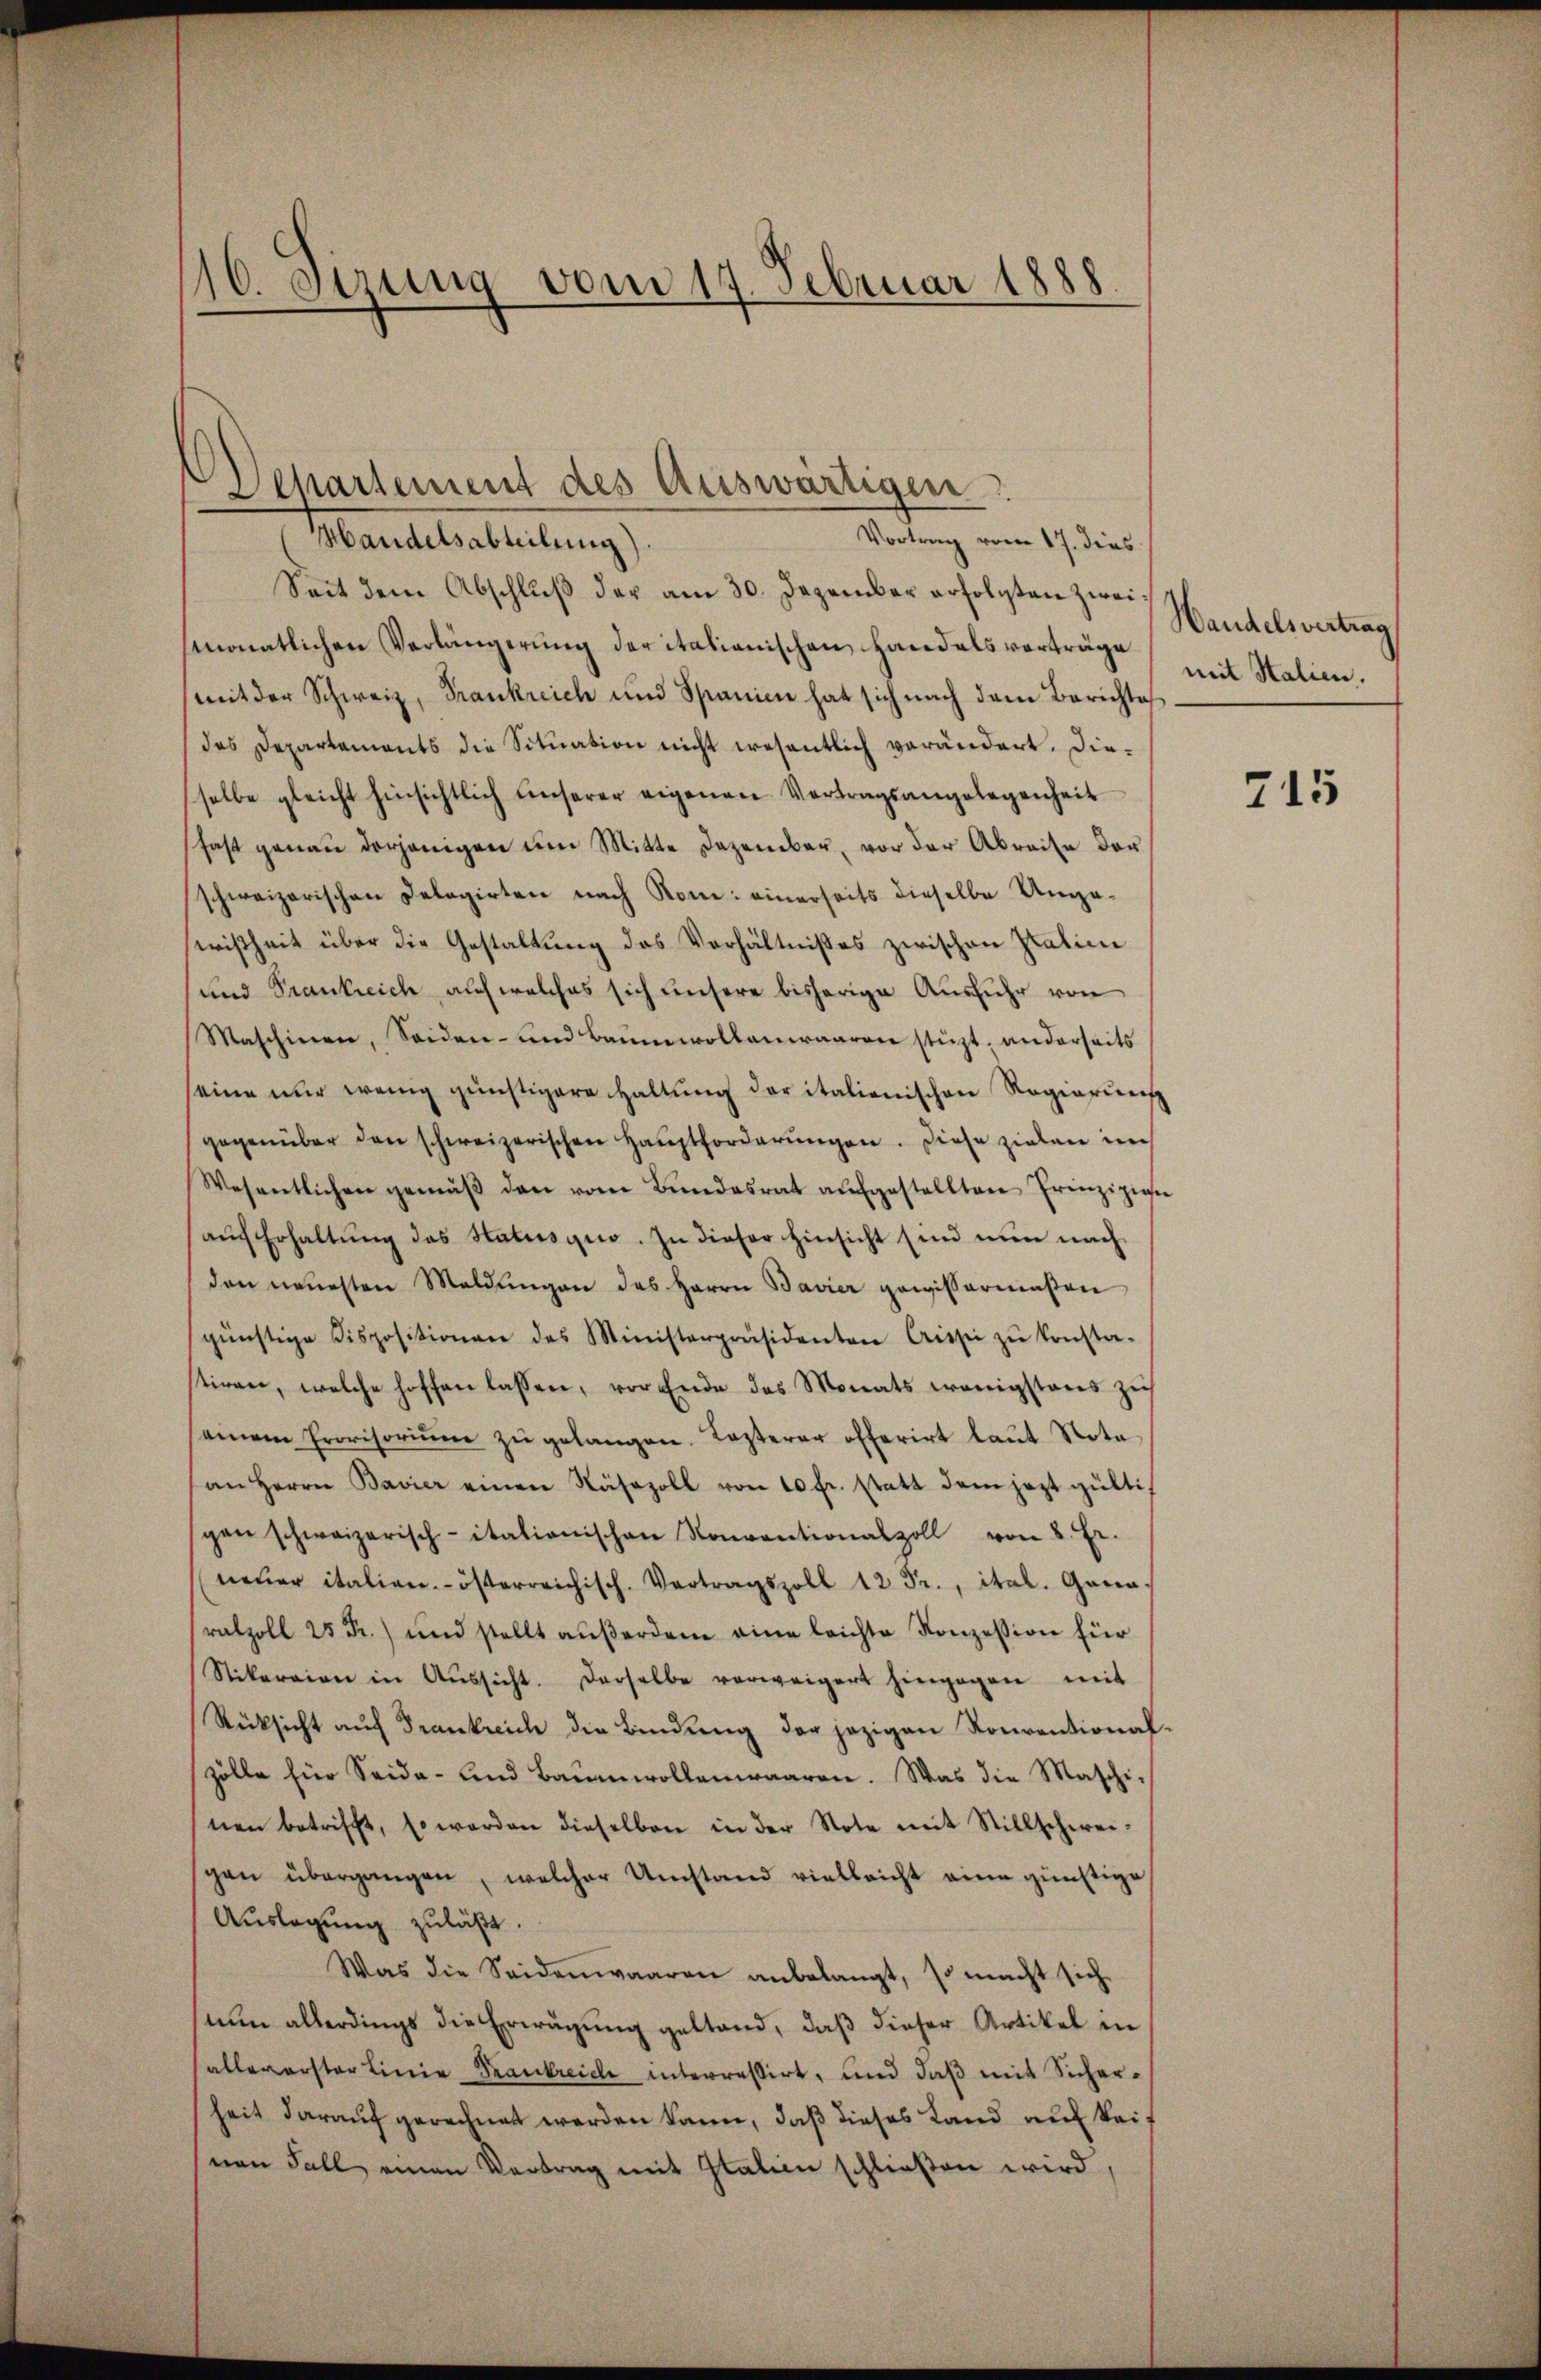
10 derung vom 17. Februar 1888
n

Mandelsabteilung).
Seit dem Abschlŭβ der am 30. Dezember erfolgten zwei
monatlichen Verlängerung der italianischen Handelsverträge
(mit der Schweiz, Frankreich und Spanien hat sich nach dem Berichte
des Departements die Situation nicht wesentlich verändert. Dieselbe gleicht hinsichtlich unserer eigenen Vertragsangelegenheit
fast genau derjenigen um Mitte Dezember, vor der Abreise der
schweizerischen Delegirten nach Rom: einerseits dieselbe Ungewißheit über die Gestaltung des Verhältnisses zwischen Patien
und Trankreich auf welches sich unsere bisherige Ausführ von
Maschinen, Seiden- und Baumwollenwaaren stüzt, anderseits
seine nur wenig günstigere Haltung der italienischen Regierung
gegenüber den schweizerischen Haŭptforderŭngen. Diese zielen im
Wesentlichen gemäβ den vom Bŭndesrat aŭfgestellten Prinzipien
aŭch Erhaltŭng des Statusgio. In dieser hinsicht sind nun nach
den neuesten Maldŭngen des Herrn Bavier gewissermaßen
günstige Dispositionen des Ministerpräsidenten Crissi zŭ konsta-
stiren, welche hoffen lassen, vor Ende des Monats wenigstens zieh
einem Erovisoriŭm zŭ gelangen. Lezterer offerirt laut Notaan Herrn Bavier einen Näsazoll von 10 fr. statt dem jezt gülti-
gen schweizerisch-itationischen Konventionalzoll von 8. Fr.
neŭer italien--österreichisch-Vertragszoll 12 Fr., ital. Gana
ratzoll 25 Fr.) und stellt aŭβerdem eine leichte Konzession für
Stikaraion in Aŭssicht. Derselbe verweigert hingegen mit
Rücksicht auf Frankreich die Bindung der jezigen Konventionalzölle für Seide- und Baumwollenwaaren. Was die Maschinen betrifft, so werden dieselben in der Note mit Stillschwei-
gen übergangen, welcher Umstand vielleicht eine günstige
Auslegung zuläßt.
Was die Seidenwaaren anbelangt, so macht sich
nun allerdings die Erwägung gestand, daß dieser Artikel in
allererster Linie Trankreich interrasirt, und daβ mit Sicherheit darauf gerechnet werden kann, daß dieses Land auf keinen Fall einen Vertrag mit Italien schließen wird.

Departement des Auswärtigen
Vortrag vom 17. dies

Handelsvertrag
mit Stalien.

715